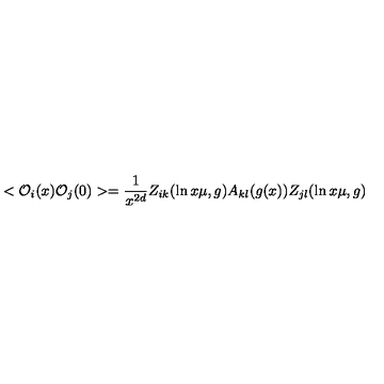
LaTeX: < { \cal O } _ { i } ( x ) { \cal O } _ { j } ( 0 ) > = { \frac { 1 } { x ^ { 2 d } } } Z _ { i k } ( \ln x \mu , g ) A _ { k l } ( g ( x ) ) Z _ { j l } ( \ln x \mu , g )